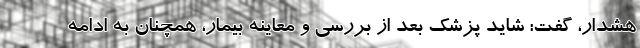
هشدار، گفت: شاید پزشک بعد از بررسی و معاینه بیمار، همچنان به ادامه